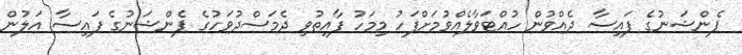
ޕެންޝަނުގެ ފައިސާ ދެއްވުން ހުއްޓަވާލެއްވުމަށްފަހު މިމަހު ފާއިތުވި ދެމަސްދުވަހުގެ ޕެންޝަނުގެ ފައިސާ އަލުން